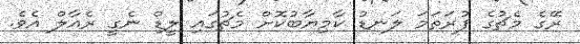
ރޭގެ މެޗުގެ ފުރަތަމަ ލަނޑު ކާމިޔާބުކޮށް މެޗުގައި ލީޑް ނެގީ ރެއާލް އެވެ.